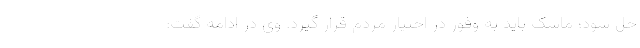
حل شود؛ ماسک باید به وفور در اختیار مردم قرار گیرد. وی در ادامه گفت: